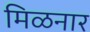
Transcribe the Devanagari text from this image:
मिळनार